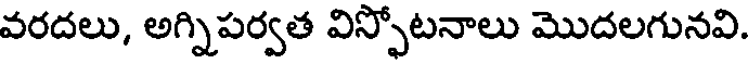
వరదలు, అగ్నిపర్వత విస్ఫోటనాలు మొదలగునవి.